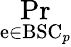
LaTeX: \operatorname*{Pr}_{\mathrm{e}\in{\mathrm{{BSC}}}_{p}}